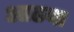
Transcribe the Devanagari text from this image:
आढया